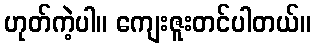
ဟုတ်ကဲ့ပါ။ ကျေးဇူးတင်ပါတယ်။